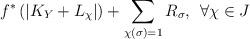
LaTeX: \begin{align*} f^{*}\left( \left| K_Y + L_{\chi}\right| \right) +\sum\limits_{\chi\left( \sigma\right)=1 }{R_{\sigma}} , \hskip 5pt \forall \chi \in J \end{align*}